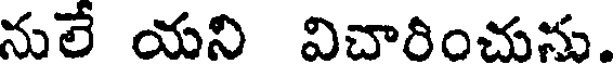
నులే యని విచారించును.